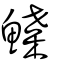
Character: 鰈